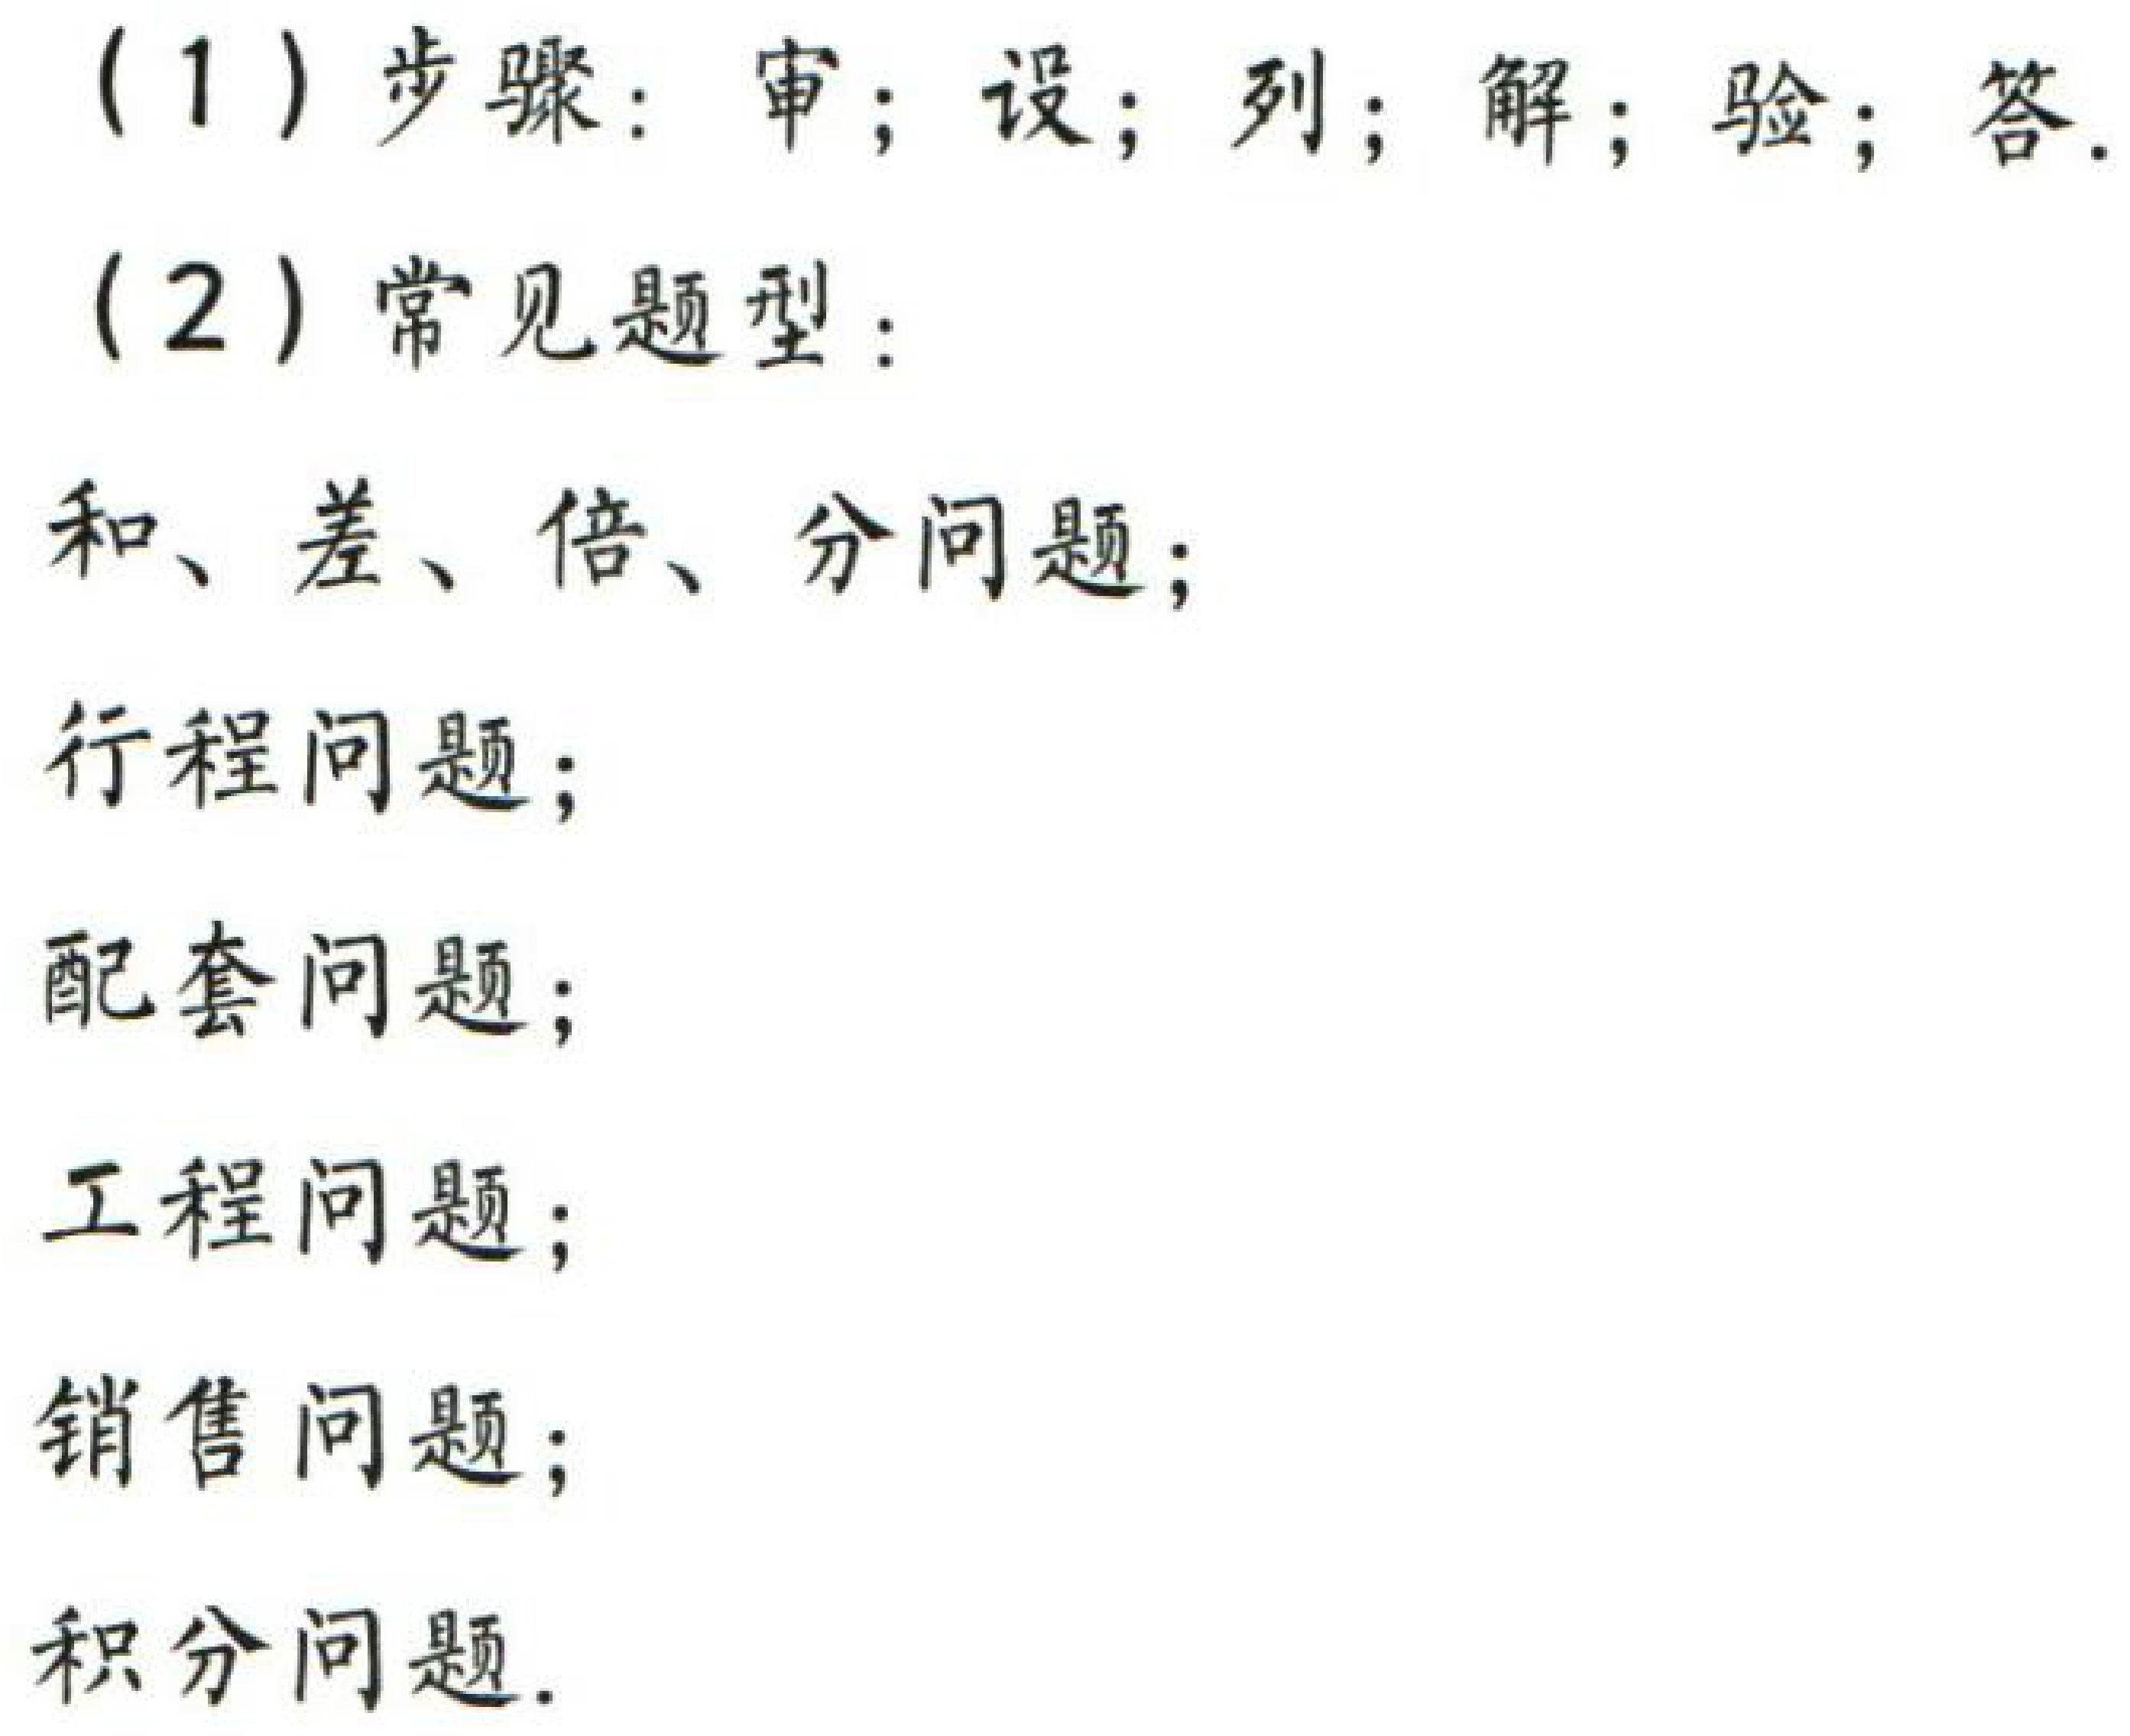
(1) 步骤：审；设；列；解；验；答.

(2) 常见题型：

和、差、倍、分问题；

行程问题；

配套问题；

工程问题；

销售问题；

积分问题.